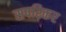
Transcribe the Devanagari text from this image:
सपरिकर